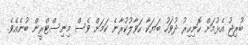
ބުރިޖު އެޅުމަށް ހޮނިހިރު ދުވަހު ބަޔަކާ ހަވާލުކުރާނެ ކަމަށް ވެސް މިނިސްޓްރީން ބުނެއެވެ.